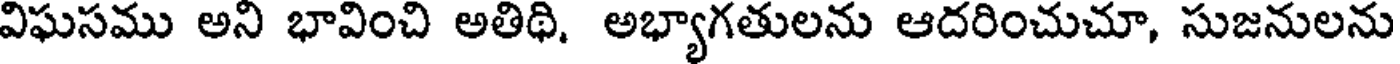
విఘసము అని భావించి అతిథి. అభ్యాగతులను ఆదరించుచూ, సుజనులను